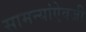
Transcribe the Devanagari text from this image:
सामन्यांऐवजी